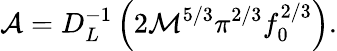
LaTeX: \mathcal{A}=D_{L}^{-1}\left(2\mathcal{M}^{5/3}\pi^{2/3}f_{0}^{2/3}\right).